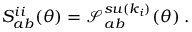
S _ { a b } ^ { i i } ( \theta ) = \mathcal { S } _ { a b } ^ { s u ( k _ { i } ) } ( \theta ) \; .